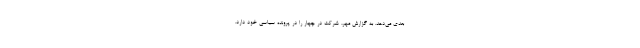
بعدی می‌دهد. به گزارش مهر، شرکت در چهار را در پرونده سیاسی خود دارد.